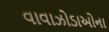
વાવાઝોડાઓના